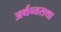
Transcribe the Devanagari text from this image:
अर्थव्यसथा